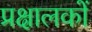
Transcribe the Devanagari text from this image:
प्रक्षालकों